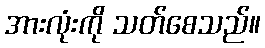
အားလုံးကို သတ်စေသည်။